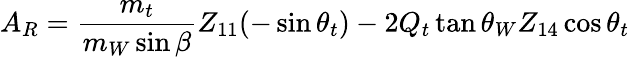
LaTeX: A_{R}={\frac{m_{t}}{m_{W}\sin\beta}}Z_{11}(-\sin\theta_{t})-2Q_{t}\tan\theta_{W}Z_{14}\cos\theta_{t}